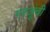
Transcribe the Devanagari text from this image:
गरजूंची